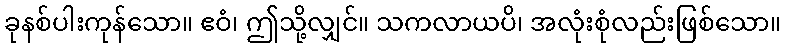
ခုနစ်ပါးကုန်သော။ ဧဝံ၊ ဤသို့လျှင်။ သကလာယပိ၊ အလုံးစုံလည်းဖြစ်သော။